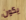
يكون